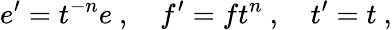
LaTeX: e^{\prime}=t^{-n}e~,~~~~f^{\prime}=ft^{n}~,~~~~t^{\prime}=t~,